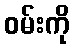
ဝမ်းကို